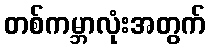
တစ်ကမ္ဘာလုံးအတွက်